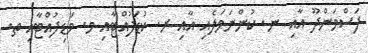
ފަސްމަންދޫ އާއި ނ. ކުންނަމަލެއި އާއި ރ. ކުޑަފުއްޓާއި މ. މަޑިފުއްޓާއި ތ.